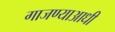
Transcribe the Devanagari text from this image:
गाजण्याआधी